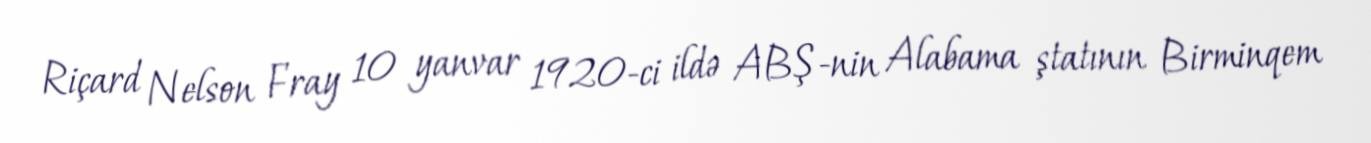
Riçard Nelson Fray 10 yanvar 1920-ci ildə ABŞ-nin Alabama ştatının Birminqem